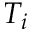
T _ { i }